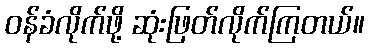
ဝန်ခံလိုက်ဖို့ ဆုံးဖြတ်လိုက်ကြတယ်။